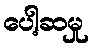
ပေါ့ဆမှု